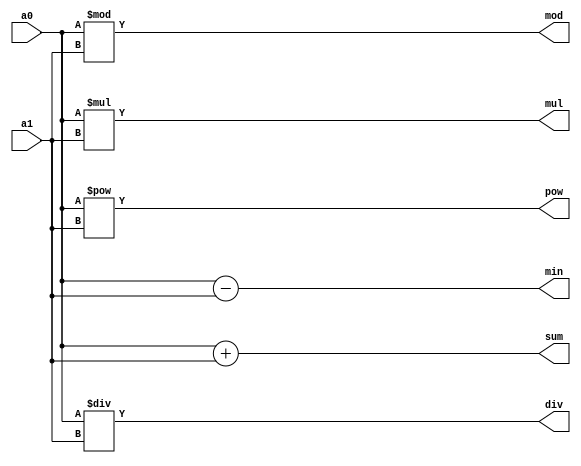
module arithmetic (
    input [7:0] a0, a1,
    output [7:0] sum,
    output [7:0] min,
    output [7:0] mul,
    output [7:0] div,
    output [7:0] mod,
    output [7:0] pow,
    );
    
    assign sum = a0 + a1;
    assign min = a0 - a1;
    assign mul = a0 * a1;
    assign div = a0 / a1;
    assign mod = a0 % a1;
    assign pow = a0 ** a1;
    
endmodule